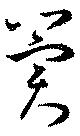
冀